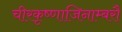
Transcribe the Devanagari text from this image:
चीरकृष्णाजिनाम्बरौ